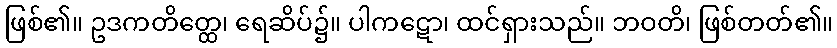
ဖြစ်၏။ ဥဒကတိတ္ထေ၊ ရေဆိပ်၌။ ပါကဋော၊ ထင်ရှားသည်။ ဘဝတိ၊ ဖြစ်တတ်၏။